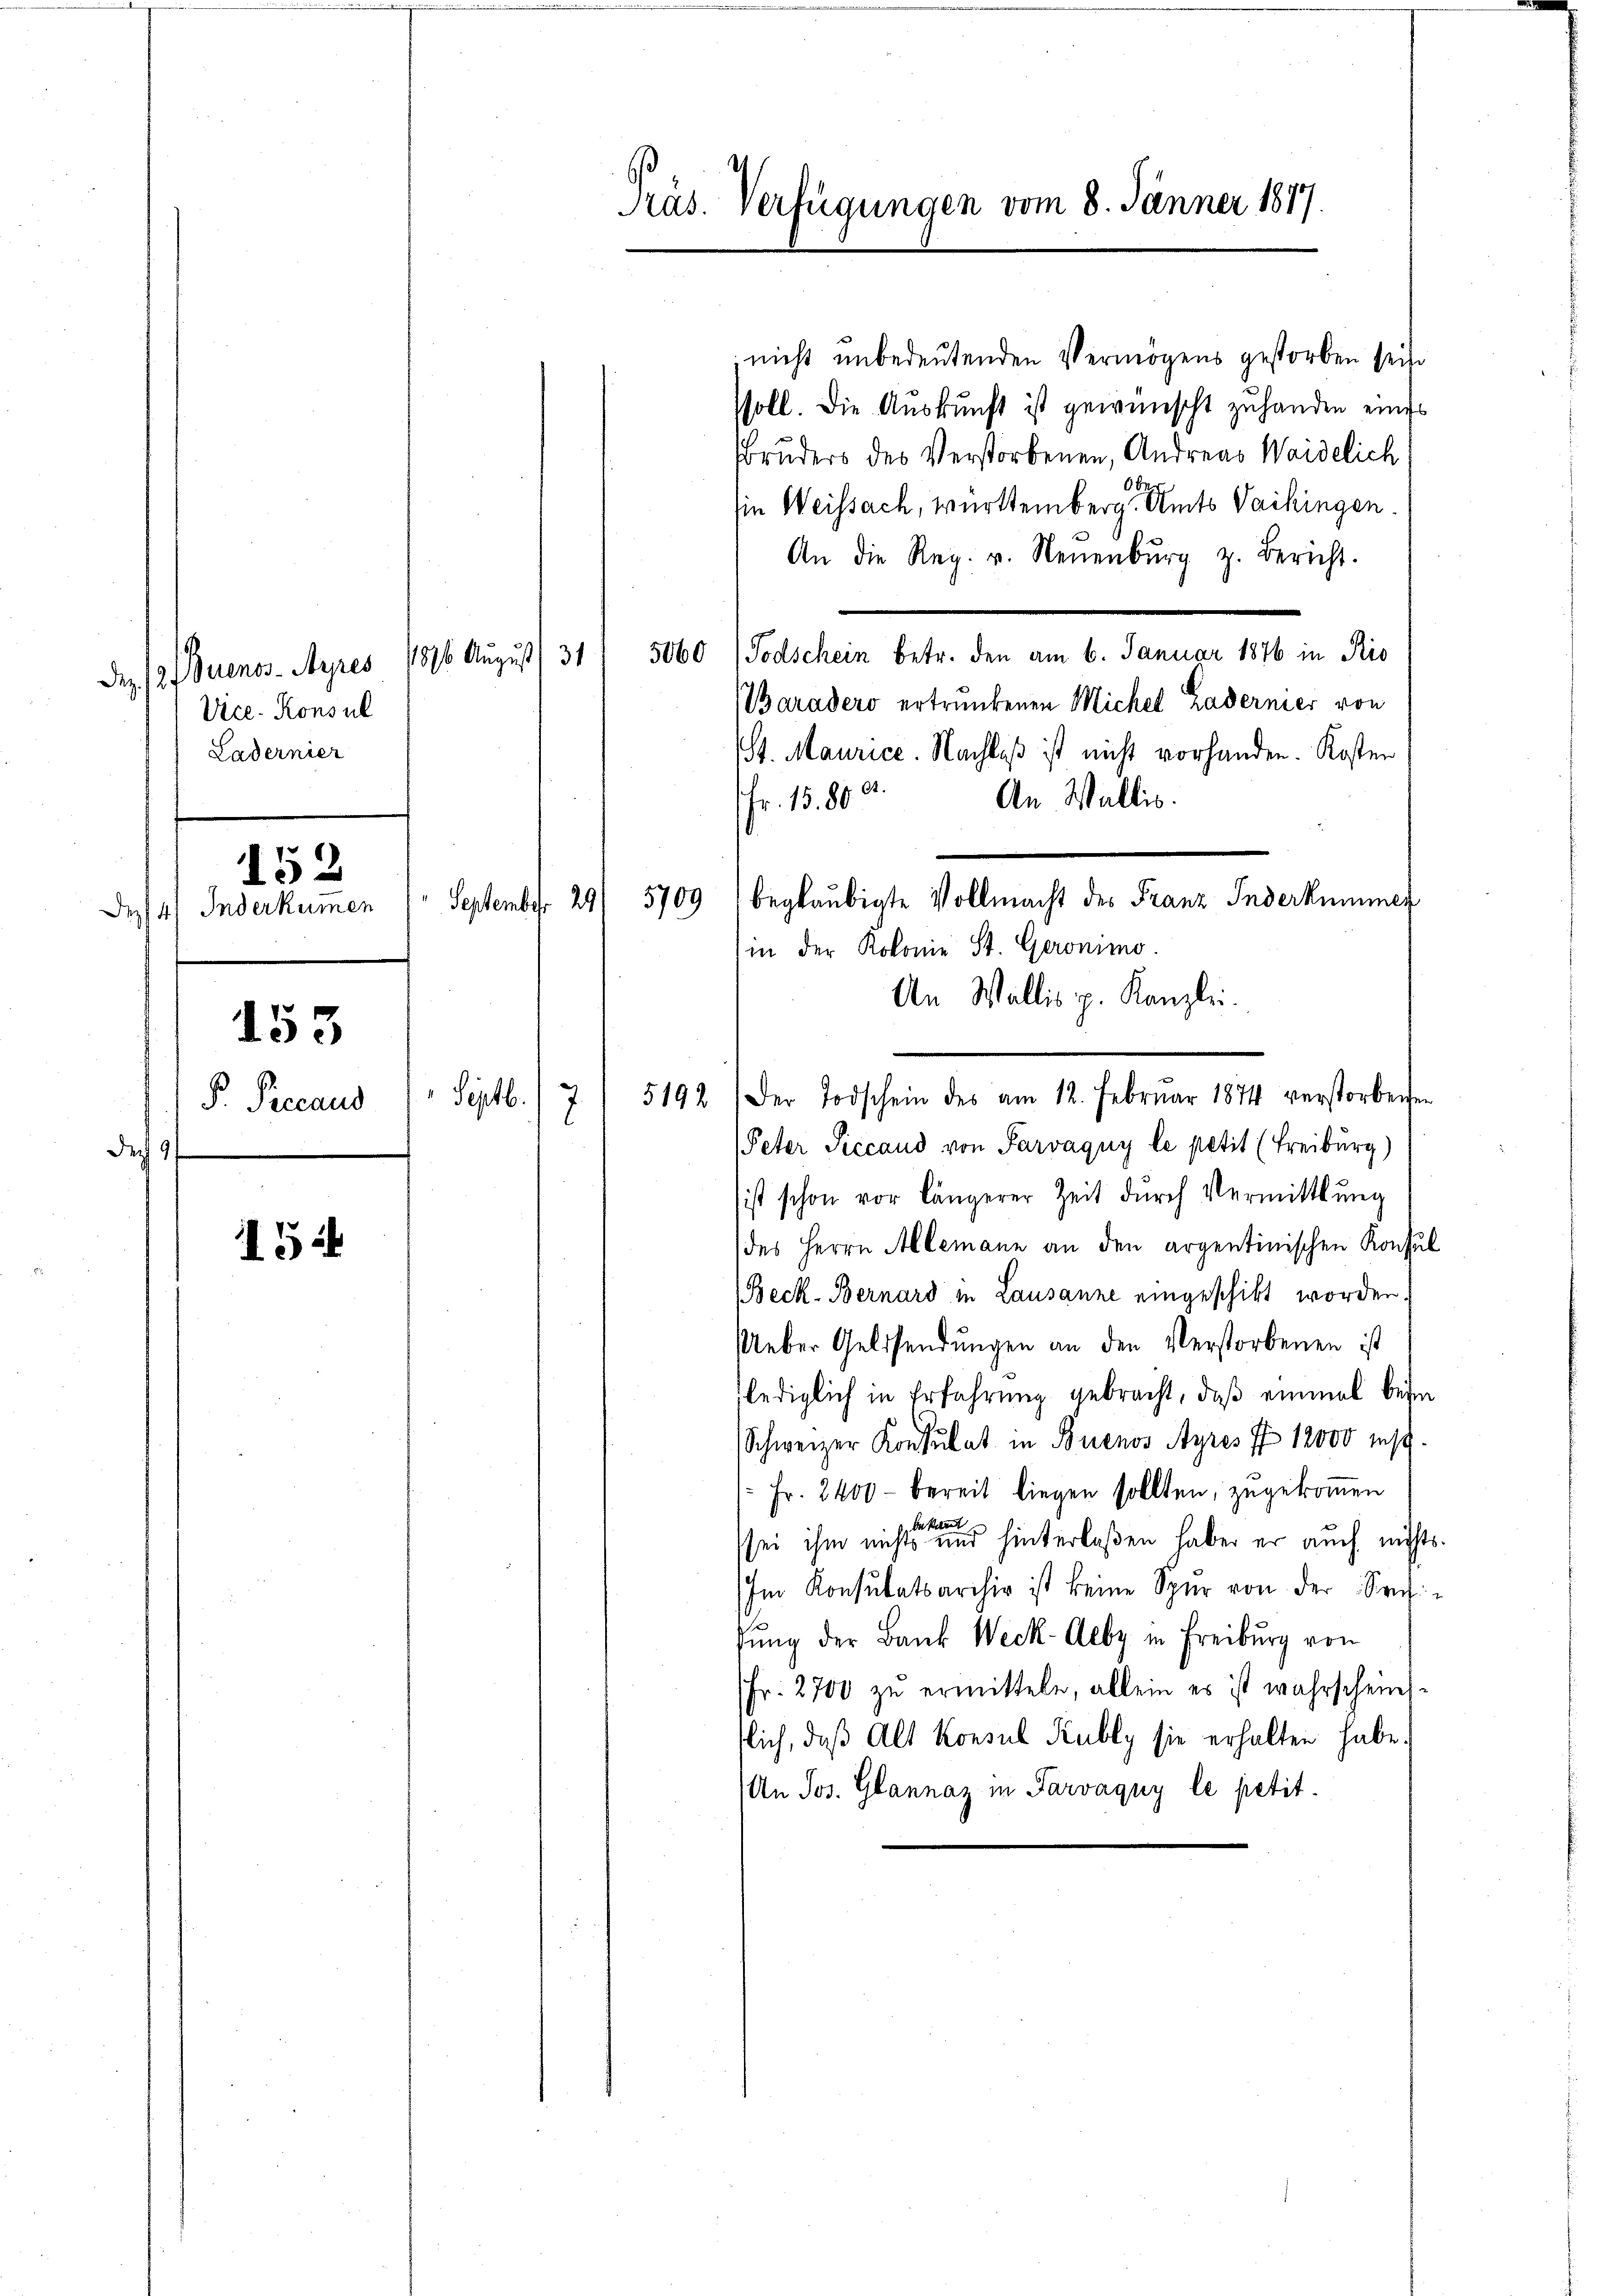
Dez. 12 Buenos-Ayres 1876 August 1 34
Vice-Konsul
Ladernier

dechs

152

De4) Inderkumen

153

P. Precaud

15

Präs. Verfügungen vom 8. Jänner 1817.

nicht unbedeutenden Vermögens gestorben sein
ssoll. Die Auskunft ist gewünscht zu handen eine
Bruders des Verstorbenen, Andreas Waidelich
ie Weissach, württemberg. Amts Vaihingen.
An die Reg. v. Neuenburg z. Bericht.
5060 (Todschein betr. den am 6. Januar 1876 in Rio
Naradero ertrunkenen Michel Zadernier von
St. Maurice. Nachlaß ist nicht vorhanden. Kosten
2.
An Wallis.
Fr. 1580
Septb.
Peter Siccand von Parvagny le petit (Freiburg)
ist schon vor längerer Zeit durch Vermittlung
des Herrn Allemann an den argentinischen Konsu
Beck-Bernard in Lausanne eingeschikt worden.
Ueber Geldsendungen an den Verstorbenen ist
lediglich in Erfahrung gebracht, daß einmal beim
Schweizer Konsulat in Buenos Ayres I 12000 les
Fr. 2400 - bereit liegen sollten, zugekommen
bekannt
sei ihm nichts und hinterlaßen haben er auch nicht
Im Konsulatsarchiv ist keine Spur von der Senf
fŭng der Bank Weck-Aeby in Freiburg von
Fr. 2700 zu ermitteln, allein es ist wahrschein
tlich, daß Alt Konsul Kubly sie erhalten habe.
An Jos. Glannaz in Parvagny le petit.

beglaubigte Vollmacht des Franz Inderkummer
September 29) 5709
in der Kolome St. Geronimo

An Wallis p. Kanzlei.
5192 der Todschein des am 12. Februar 1874 verstorbene